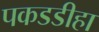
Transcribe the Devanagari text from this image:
पकडडीहा